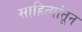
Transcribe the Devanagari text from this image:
साहित्यांतून